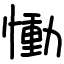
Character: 慟